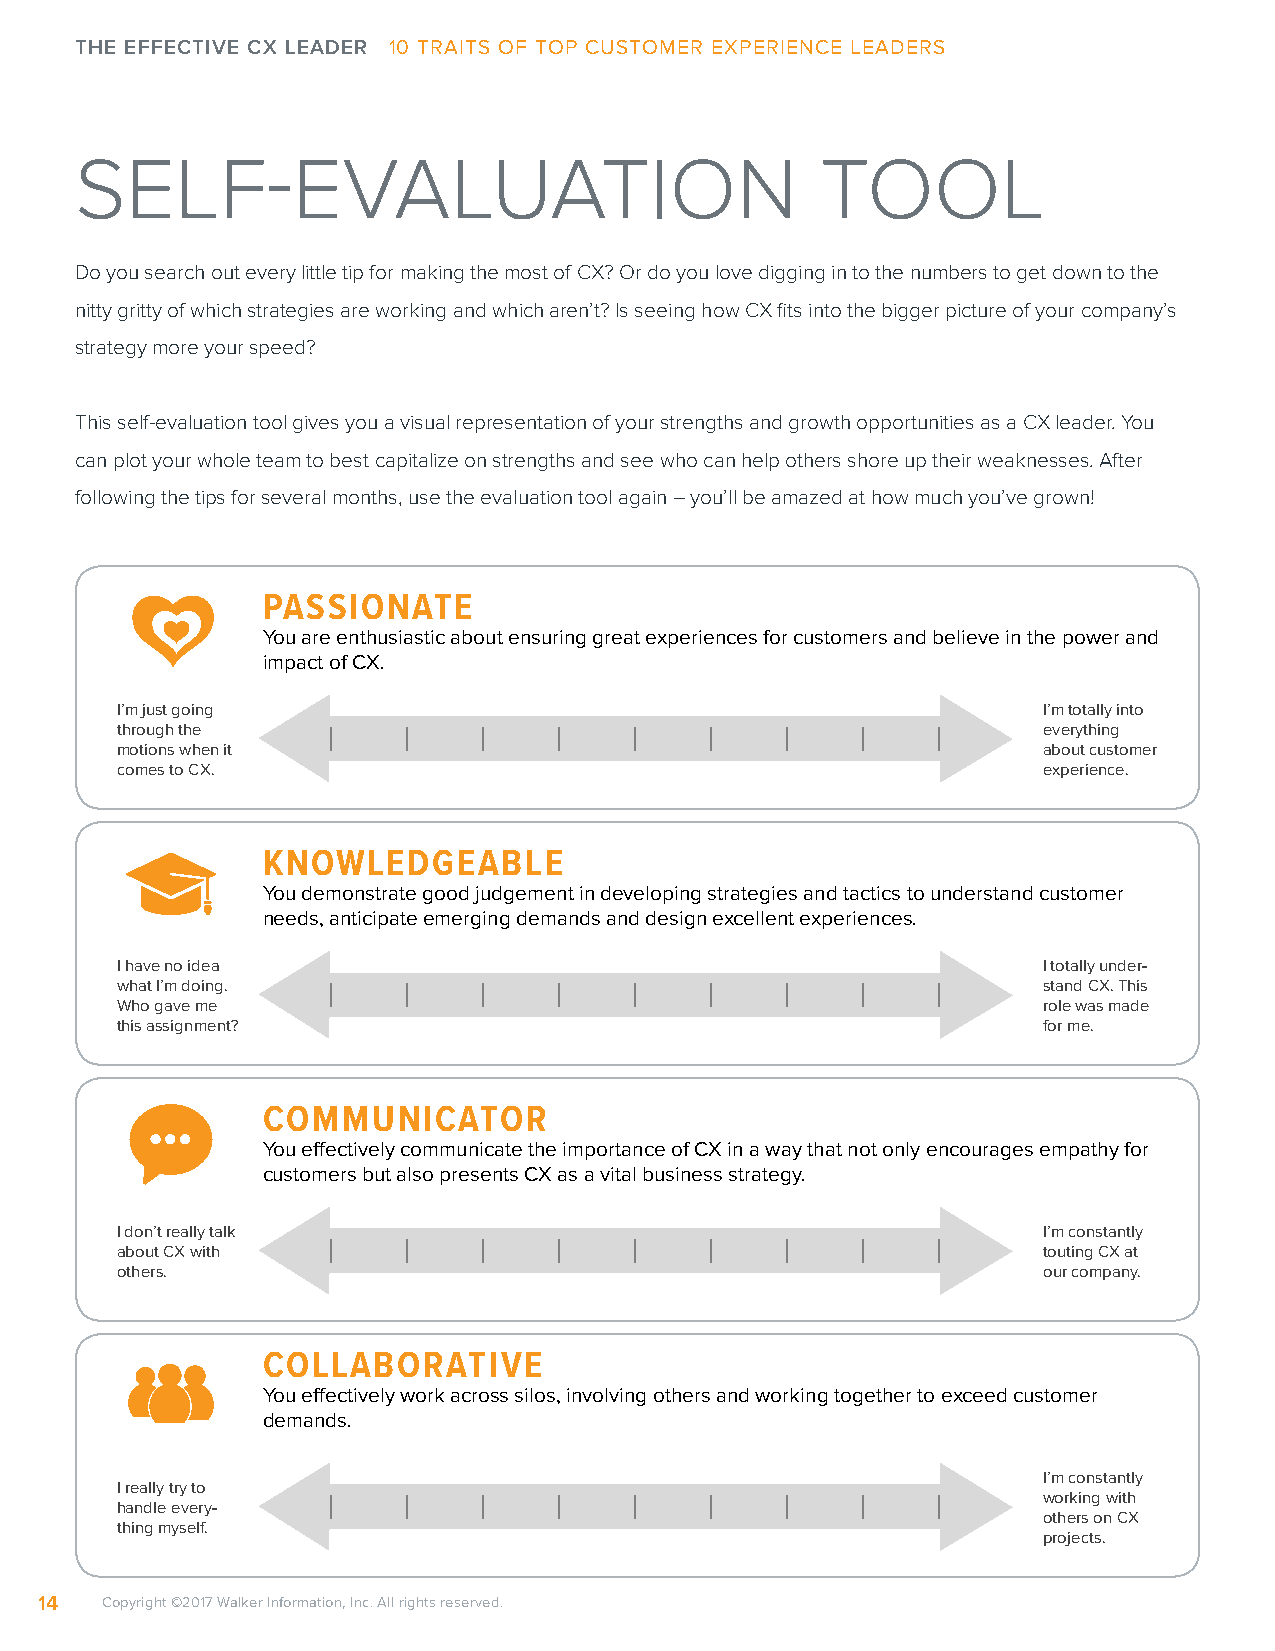
THE EFFECTIVE CX LEADER 10 TRAITS OF TOP CUSTOMER EXPERIENCE LEADERS
 SELF-EVALUATION                                  TOOL
 Do you search out every little tip for making the most of CX? Or do you love digging in to the numbers to get down to the
 nitty gritty of which strategies are working and which aren’t? Is seeing how CX fits into the bigger picture of your company’s
 strategy more your speed?
 This self-evaluation tool gives you a visual representation of your strengths and growth opportunities as a CX leader. You
 can plot your whole team to best capitalize on strengths and see who can help others shore up their weaknesses. After
 following the tips for several months, use the evaluation tool again – you’ll be amazed at how much you’ve grown!
 PASSIONATE
 You are enthusiastic about ensuring great experiences for customers and believe in the power and
 impact of CX
 I’m just going                                               I’m totally into
 through the                                                  everything
 motions when it                                              about customer
 comes to CX                                                  experience
 KNOWLEDGEABLE
 You demonstrate good judgement in developing strategies and tactics to understand customer
 needs, anticipate emerging demands and design excellent experiences
 I have no idea                                               I totally under-
 what I’m doing                                               stand CX This
 Who gave me                                                  role was made
 this assignment?                                             for me
 COMMUNICATOR
 You effectively communicate the importance of CX in a way that not only encourages empathy for
 customers but also presents CX as a vital business strategy
 I don’t really talk                                          I’m constantly
 about CX with                                                touting CX at
 others                                                       our company
 COLLABORATIVE
 You effectively work across silos, involving others and working together to exceed customer
 demands
 I’m constantly
 I really try to
 working with
 handle every-
 others on CX
 thing myself
 projects
 14   Copyright ©2017 Walker Information, Inc. All rights reserved.